Lunatic asylums Central Provinces reports 1886-1894 - 1886-1894
Year: 1886
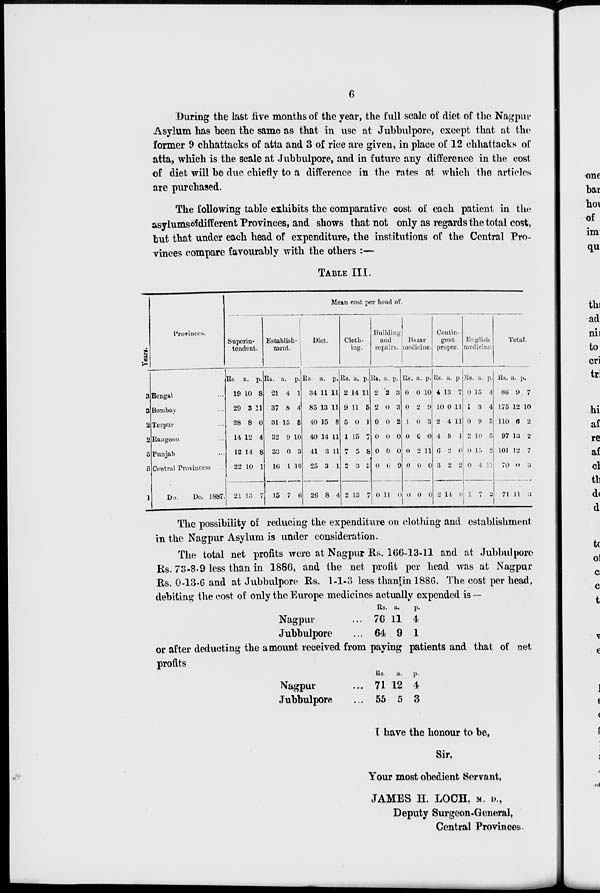
6
During the last five months of the year, the full scale of diet of the Nagpur
Asylum has been the same as that in use at Jubbulpore, except that at the
former 9 chhattacks of atta and 3 of rice are given, in place of 12 chhattacks of
atta, which is the scale at Jubbulpore, and in future any difference in the cost
of diet will be due chiefly to a difference in the rates at which the articles
are purchased.
The following table exhibits the comparative cost of each patient in the
asylums of different Provinces, and shows that not only as regards the total cost,
but that under each head of expenditure, the institutions of the Central Pro-
vinces compare favourably with the others :—
TABLE III.
Years.
3
3
2
2
5
5
1
Provinces.
Bengal ...
Bombay ...
Tezpur ...
Rangoon ...
Punjab ...
Central Provincess ...
Do.
Do. 1887.
Mean cost per head of.
Superin-
tendent.
Rs
19
29
28
14
12
22
21
a.
10
3
8
12
14
10
13
p.
8
11
0
4
8
1
7
Establish¬
ment.
Rs.
21
37
31
32
33
16
15
a.
4
8
15
9
0
1
7
p.
1
4
8
10
3
10
6
Diet.
Rs.
34
85
40
40
41
25
26
a.
11
13
15
14
3
3
8
p.
11
11
8
11
11
1
4
Cloth-
ing.
Rs.
2
9
5
1
7
2
2
a.
14
11
0
15
5
3
13
p.
11
6
1
4
8
5
7
Building
and
repairs.
Rs.
2
2
0
0
0
0
0
a.
2
0
0
0
0
6
11
p.
3
3
2
0
0
9
0
Bazar
medicine.
Rs.
0
0
1
0
0
0
0
a.
0
2
0
6
2
0
0
p.
10
9
3
0
11
0
0
Contin-
gent
proper.
Rs.
4
10
2
4
6
3
2
a.
13
0
4
8
2
2
14
p.
7
11
11
1
0
2
0
English
medicine.
Rs.
0
1
0
2
0
0
1
a.
15
3
9
10
15
4
7
p.
4
4
5
5
2
11
2
Total.
Rs.
86
175
110
97
101
70
71
a.
9
12
6
13
12
0
11
p.
7
10
2
2
7
3
3
The possibility of reducing the expenditure on clothing and establishment
in the Nagpur Asylum is under consideration.
The total net profits were at Nagpur Rs. 166-13-11 and at Jubbulpore
Rs. 73-8.9 less than in 1886, and the net profit per head was at Nagpur
Rs. 0-13-6 and at Jubbulpore Rs. 1-1-3 less than in 1886. The cost per head,
debiting the cost of only the Europe medicines actually expended is —
Nagpur ...
Jubbulpore ...
Rs.
76
64
a.
11
9
p.
4
1
or after deducting the amount received from paying patients and that of net
profits
Nagpur ...
Jubbulpore ...
Rs.
71
55
a.
12
5
p.
4
3
I have the honour to be,
Sir,
Your most obedient Servant,
JAMES H. LOCH, M.D.,
Deputy Surgeon-General,
Central Provinces.